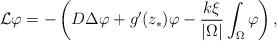
LaTeX: \begin{align*} {\cal L}\varphi=-\left( D\Delta \varphi+g'(z_\ast)\varphi-\frac{k\xi}{\vert\Omega\vert}\int_\Omega \varphi \right), \end{align*}